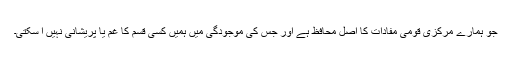
جو ہمارے مرکزی قومی مفادات کا اصل محافظ ہے اور جس کی موجودگی میں ہمیں کسی قسم کا غم یا پریشانی نہیں آ سکتی۔